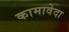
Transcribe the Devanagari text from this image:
कामावेदा